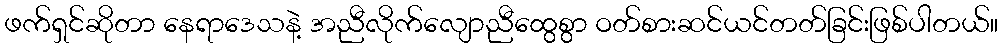
ဖက်ရှင်ဆိုတာ နေရာဒေသနဲ့ အညီလိုက်လျောညီထွေစွာ ဝတ်စားဆင်ယင်တတ်ခြင်းဖြစ်ပါတယ်။